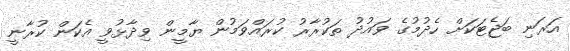
އަރަނި ބަޖެޓަކަށް ހެދުމުގެ ވައުދު ތަކުރާރު ކުރައްވަމުން ޔާމީން ވިދާޅުވީ އެކަން ކުރާނީ